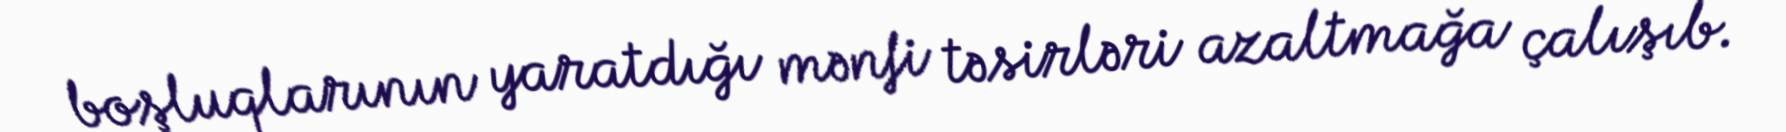
boşluqlarının yaratdığı mənfi təsirləri azaltmağa çalışıb.